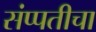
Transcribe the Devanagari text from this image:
संप्पतीचा